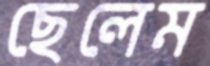
ছেলেম